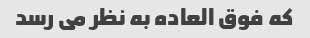
که فوق العاده به نظر می رسد